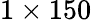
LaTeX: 1\times 150